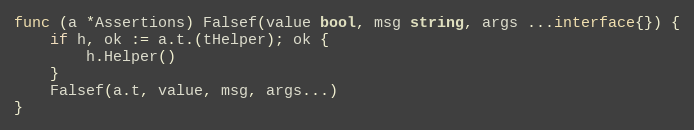
Language: Go
func (a *Assertions) Falsef(value bool, msg string, args ...interface{}) {
	if h, ok := a.t.(tHelper); ok {
		h.Helper()
	}
	Falsef(a.t, value, msg, args...)
}